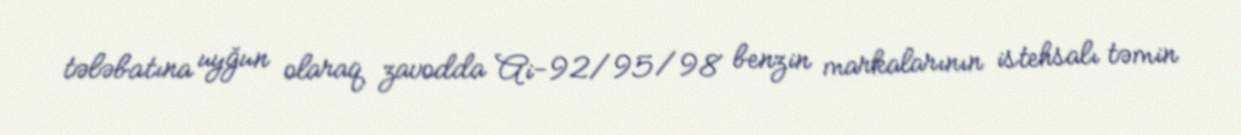
tələbatına uyğun olaraq zavodda Ai-92/95/98 benzin markalarının istehsalı təmin